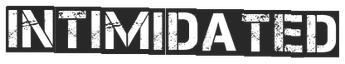
INTIMIDATED